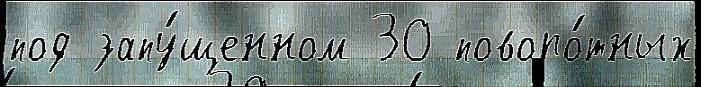
под запу́щенном 30 поворо́тных